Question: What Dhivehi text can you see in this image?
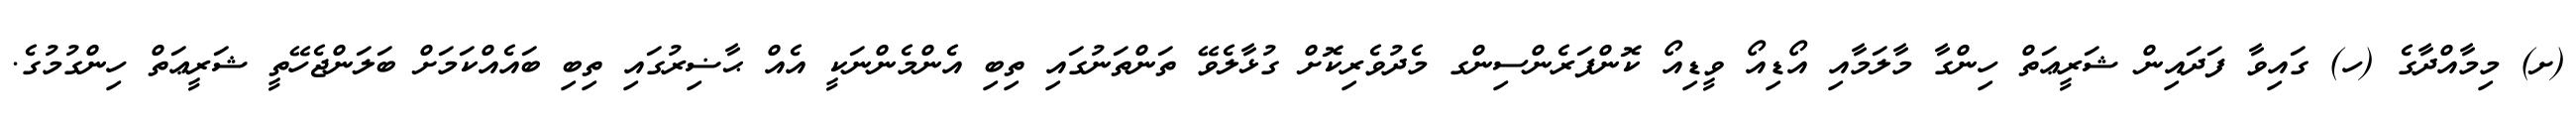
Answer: (ށ) މިމާއްދާގެ (ހ) ގައިވާ ފަދައިން ޝަރީޢަތް ހިންގާ މާލަމާއި އޯޑިއޯ ވީޑިއޯ ކޮންފަރެންސިންގ މެދުވެރިކޮށް ގުޅާލެވޭ ތަންތަނުގައި ތިބި އެންމެންނަކީ އެއް ޙާޟިރުގައި ތިބި ބައެއްކަމަށް ބަލަންޖެހޭތީ ޝަރީޢަތް ހިންގުމުގެ.